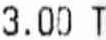
3.00 T